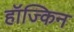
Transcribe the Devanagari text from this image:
हॉज्किन